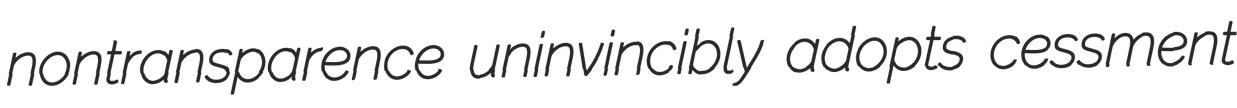
nontransparence uninvincibly adopts cessment